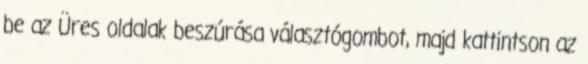
be az Üres oldalak beszúrása választógombot, majd kattintson az